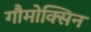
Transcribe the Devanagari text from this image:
गौमोक्सिन